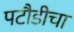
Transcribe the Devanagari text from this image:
पटौडीचा